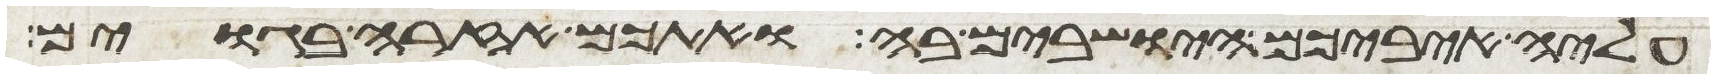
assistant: עליה איביכם הישבים בה ואתכם אזרה בגוים